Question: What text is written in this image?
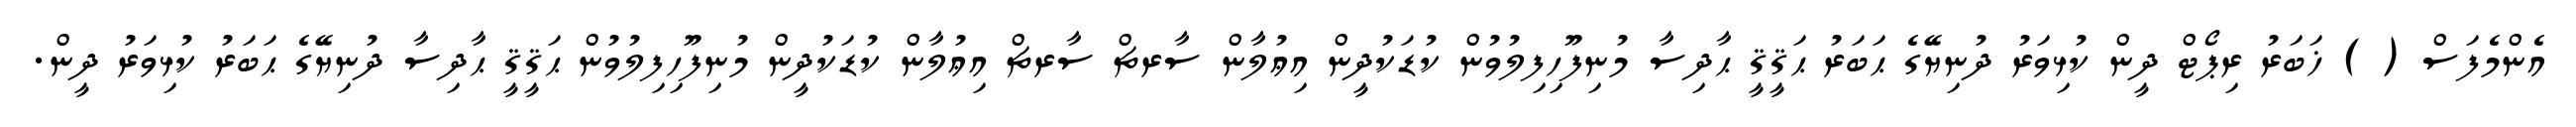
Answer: އެންމެފަސް ( ) ޚަބަރު ރިޕޯޓް ދީން ކުޅިވަރު ދުނިޔޭގެ ޙަބަރު ޙަޤީޤީ ޙާދިސާ މުނިފޫހިފިލުވުން ކުޑަކުދީން އިޢުލާން ސާރޗް ސާރޗް އިޢުލާން ކުޑަކުދީން މުނިފޫހިފިލުވުން ޙަޤީޤީ ޙާދިސާ ދުނިޔޭގެ ޙަބަރު ކުޅިވަރު ދީން.